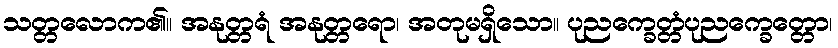
သတ္တလောက၏။ အနုတ္တရံ အနုတ္တရော၊ အတုမရှိသော။ ပုညက္ခေတ္တံပုညက္ခေတ္တော၊